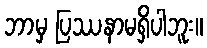
ဘာမှ ပြဿနာမရှိပါဘူး။